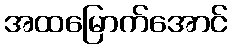
အထမြောက်အောင်